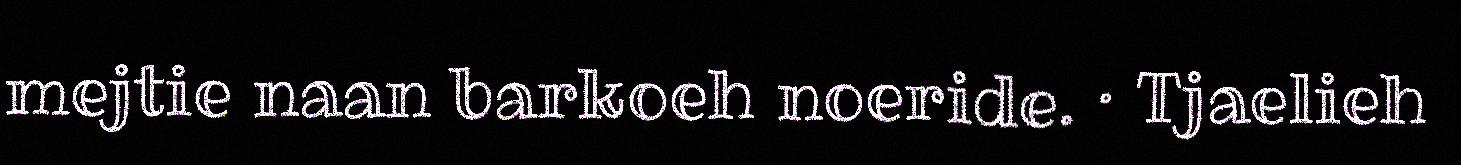
mejtie naan barkoeh noeride. · Tjaelieh